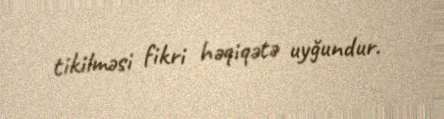
tikilməsi fikri həqiqətə uyğundur.